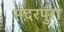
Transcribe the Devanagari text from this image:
मदरपुरा